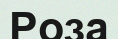
Роза